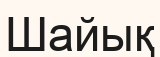
Шайық